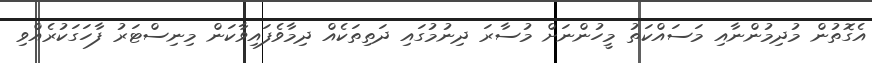
އެގޮތުން މުދިމުންނާއި މަސައްކަތު މީހުންނަށް މުސާރަ ދިނުމުގައި ދަތިތަކެއް ދިމާވެފައިވާކަން މިނިސްޓަރު ފާހަގަކުރެއްވި